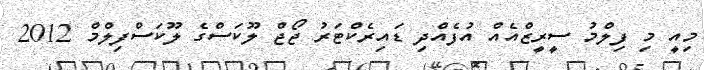
މިއީ މި ފިލްމު ސީރީޒްއެއް އުފެއްދި ޑައިރެކްޓަރު ޖޯޖް ލޫކަސްގެ ލޫކަސްފިލްމް 2012